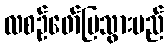
လစဉ်ဖော်ပြသွားမည်